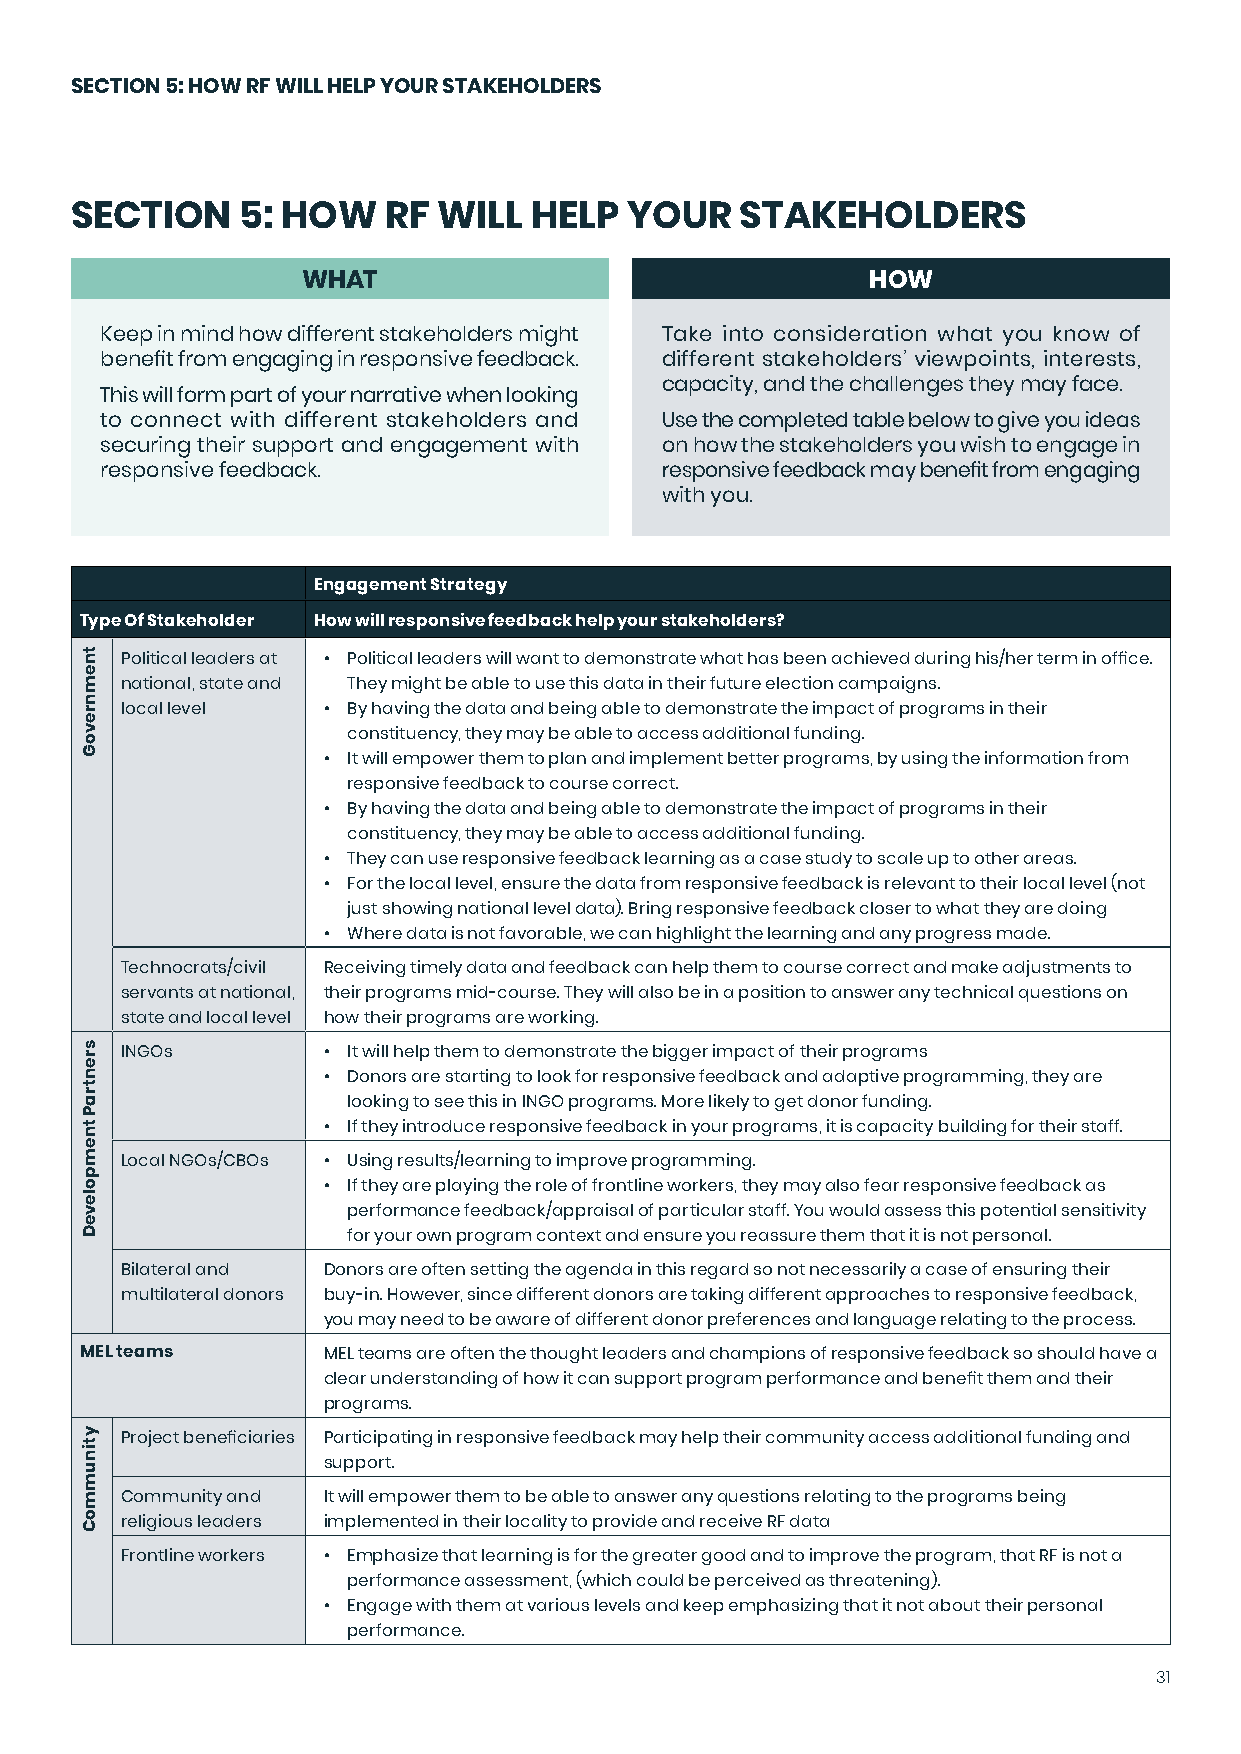
SECTION 5: HOW RF WILL HELP YOUR STAKEHOLDERS
 SECTION    5: HOW    RF WILL  HELP   YOUR   STAKEHOLDERS
 WHAT                                  HOW
 Keep in mind how different stakeholders might Take into consideration what you know of
 benefit from engaging in responsive feedback. different stakeholders’ viewpoints, interests,
 capacity, and the challenges they may face.
 This will form part of your narrative when looking
 to connect with different stakeholders and Use the completed table below to give you ideas
 securing their support and engagement with on how the stakeholders you wish to engage in
 responsive feedback.                 responsive feedback may benefit from engaging
 with you.
 Engagement Strategy
 Type Of Stakeholder How will responsive feedback help your stakeholders?
 Political leaders at • Political leaders will want to demonstrate what has been achieved during his/her term in office.
 national, state and They might be able to use this data in their future election campaigns.
 local level  • By having the data and being able to demonstrate the impact of programs in their
 constituency, they may be able to access additional funding.
 • It will empower them to plan and implement better programs, by using the information from
 responsive feedback to course correct.
 • By having the data and being able to demonstrate the impact of programs in their
 constituency, they may be able to access additional funding.
 • They can use responsive feedback learning as a case study to scale up to other areas.
 • For the local level, ensure the data from responsive feedback is relevant to their local level (not
 just showing national level data). Bring responsive feedback closer to what they are doing
 • Where data is not favorable, we can highlight the learning and any progress made.
 Technocrats/civil Receiving timely data and feedback can help them to course correct and make adjustments to
 servants at national, their programs mid-course. They will also be in a position to answer any technical questions on
 state and local level how their programs are working.
 INGOs        • It will help them to demonstrate the bigger impact of their programs
 • Donors are starting to look for responsive feedback and adaptive programming, they are
 looking to see this in INGO programs. More likely to get donor funding.
 • If they introduce responsive feedback in your programs, it is capacity building for their staff.
 Local NGOs/CBOs • Using results/learning to improve programming.
 • If they are playing the role of frontline workers, they may also fear responsive feedback as
 performance feedback/appraisal of particular staff. You would assess this potential sensitivity
 for your own program context and ensure you reassure them that it is not personal.
 Bilateral and Donors are often setting the agenda in this regard so not necessarily a case of ensuring their
 multilateral donors buy-in. However, since different donors are taking different approaches to responsive feedback,
 you may need to be aware of different donor preferences and language relating to the process.
 MEL teams       MEL teams are often the thought leaders and champions of responsive feedback so should have a
 clear understanding of how it can support program performance and benefit them and their
 programs.
 Project beneficiaries Participating in responsive feedback may help their community access additional funding and
 support.
 Community and It will empower them to be able to answer any questions relating to the programs being
 religious leaders implemented in their locality to provide and receive RF data
 Frontline workers • Emphasize that learning is for the greater good and to improve the program, that RF is not a
 performance assessment, (which could be perceived as threatening).
 • Engage with them at various levels and keep emphasizing that it not about their personal
 performance.
 31
 tnemnrevoG
 srentraP
 tnempoleveD
 ytinummoC